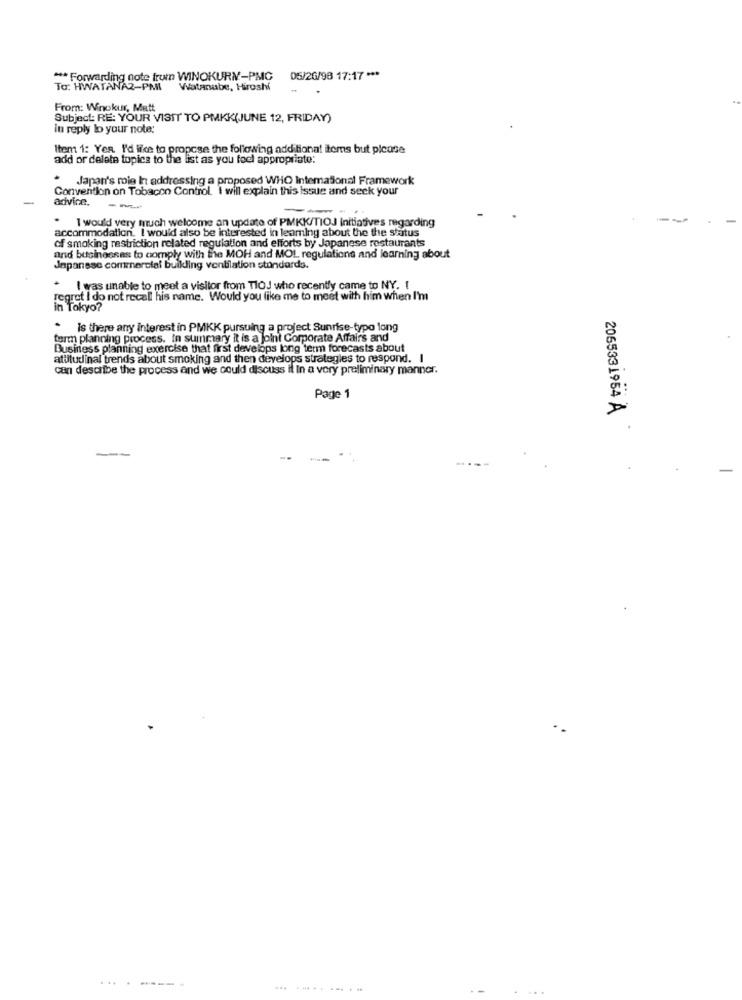
*** Forwarding note from WINOKURN-PMC
05/26/98 17:17 ***
To: HWATANA2-PMI
Watanabe, Hiroshi
From: Winokur, Matt
Subject: RE: YOUR VISIT TO PMKK(JUNE 12, FRIDAY)
in reply lo your note:
Item 1: Yea. I'd like to propose the following additional items but please
add or delete topics to the list as you focl appropriate:
Japan's role In addressing a proposed WHO International Framework
Convention on Tobacco Control. I will explain this issue and seek your
-
advice.
--
-
. I would very much welcome an update of PMKK/TIOJ initiatives regarding
accommodation. I would also be interested in leaming about the the status
of smoking restriction related regulation and efforts by Japanese restaurants
and businesses to comply with the MOH and MOL regulations and learning about
Japanese commercial building ventilation standards.
* I was unable to meet a visitor from TlOJ who recently came to NY. I
regret I do not recall his name. Would you like me to meet with him when I'm
in Tokyo?
* is there any interest in PMKK pursuing a project Sunrise-typo long
tarm planning process. In summary it is a joint Corporate Affairs and
Business planning exercise that first develops long term forecasts about
attitudinal trends about smoking and then develops strategies to respond. I
can describe the process and we could discuss il In a very preliminary manner.
Page 1
2065331954 À
.----.
.... .......-....
...